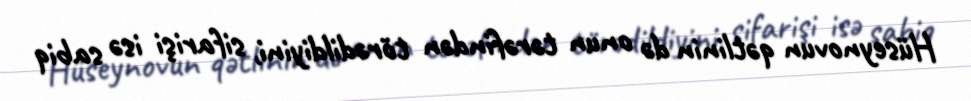
Hüseynovun qətlinin də onun tərəfindən törədildiyini, sifarişi isə sabiq